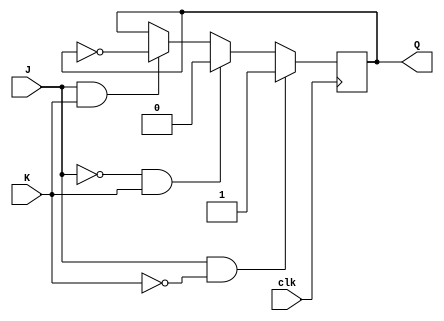
module jk_flip_flop(
    input J, // Set input
    input K, // Reset input
    input clk, // Clock input
    output reg Q // Output
);

always @(posedge clk) begin
    if (J & ~K)
        Q <= 1; // Set Q to 1
    else if (~J & K)
        Q <= 0;  // Reset Q to 0
    else if (J & K)
        Q <= ~Q; // Toggle Q
end

endmodule